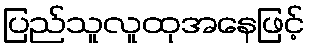
ပြည်သူလူထုအနေဖြင့်